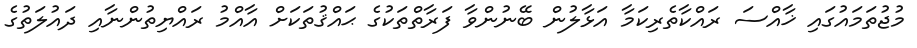
މުޖުތަމައުގައި ޚާއްސަ ރައްކާތެރިކަމާ އަޅާލުން ބޭނުންވާ ފަރާތްތަކުގެ ޙައްޤުތަކަށް އާއްމު ރައްޔިތުންނާއި ދައުލަތުގެ